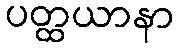
ပတ္ထယာနာ